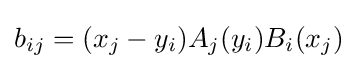
b_{ij}=(x_{j}-y_{i})A_{j}(y_{i})B_{i}(x_{j})